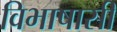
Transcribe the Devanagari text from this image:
विभाषासी